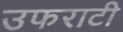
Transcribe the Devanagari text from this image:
उफराटी